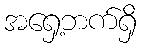
အရှေ့ဘက်ရှိ